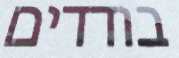
בודדים